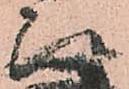
次